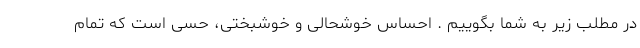
در مطلب زیر به شما بگوییم . احساس خوشحالی و خوشبختی، حسی است که تمام